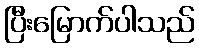
ပြီးမြောက်ပါသည်